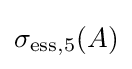
\sigma _{\mathrm {ess} ,5}(A)